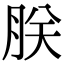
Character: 朕